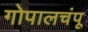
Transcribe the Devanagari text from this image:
गोपालचंपू